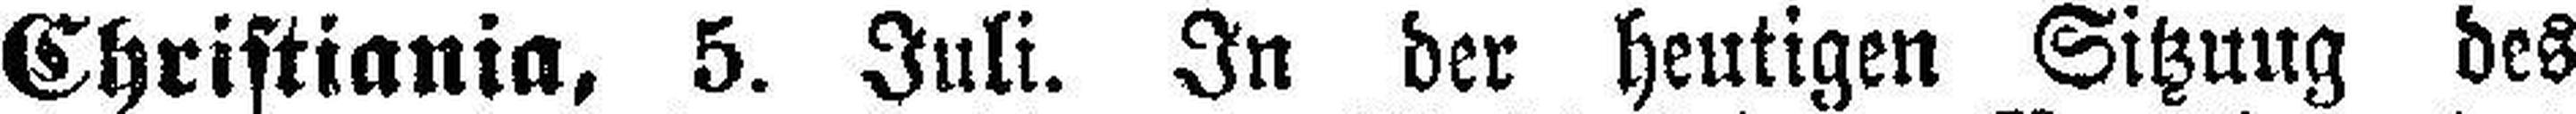
Christiania, 5. Juli. In der heutigen Sitzung des